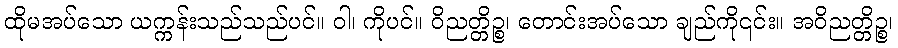
ထိုမအပ်သော ယက္ကန်းသည်သည်ပင်။ ဝါ၊ ကိုပင်။ ဝိညတ္တိဉ္စ၊ တောင်းအပ်သော ချည်ကို၎င်း။ အဝိညတ္တိဉ္စ၊